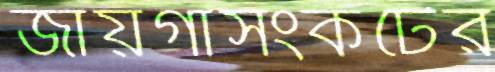
জায়গাসংকটের